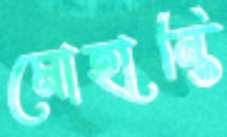
মোহান্তি